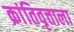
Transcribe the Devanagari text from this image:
क्रांतिवृत्ताला